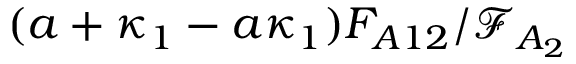
( a + \kappa _ { 1 } - a \kappa _ { 1 } ) F _ { A 1 2 } / \mathcal { F } _ { A _ { 2 } }